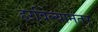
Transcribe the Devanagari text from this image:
हरविल्यानंतर